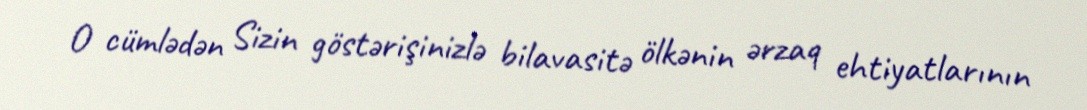
O cümlədən Sizin göstərişinizlə bilavasitə ölkənin ərzaq ehtiyatlarının